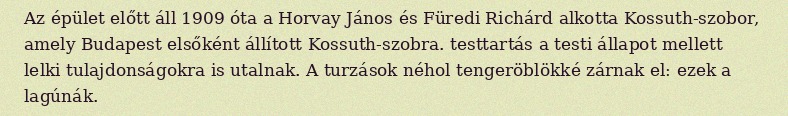
Az épület előtt áll 1909 óta a Horvay János és Füredi Richárd alkotta Kossuth-szobor, amely Budapest elsőként állított Kossuth-szobra. testtartás a testi állapot mellett lelki tulajdonságokra is utalnak. A turzások néhol tengeröblökké zárnak el: ezek a lagúnák.